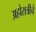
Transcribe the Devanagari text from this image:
अहोरात्रीचे